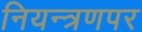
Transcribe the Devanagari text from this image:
नियन्त्रणपर